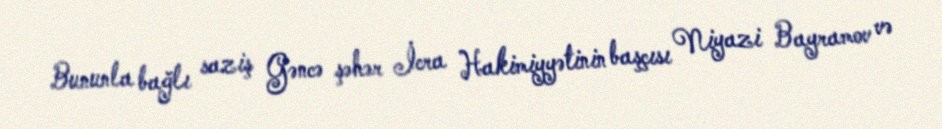
Bununla bağlı saziş Gəncə şəhər İcra Hakimiyyətinin başçısı Niyazi Bayramov və